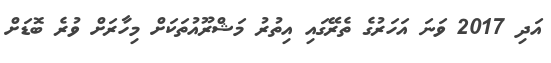
އަދި 2017 ވަނަ އަހަރުގެ ތެރޭގައި އިތުރު މަޝްރޫއުތަކަށް މިހާރަށް ވުރެ ބޮޑަށް